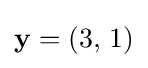
\mathbf {y} =(3,\,1)